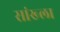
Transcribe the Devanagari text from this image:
सांख्ला